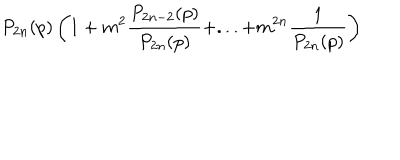
P _ { 2 n } ( p ) \left( 1 + m ^ { 2 } \frac { P _ { 2 n - 2 } ( p ) } { P _ { 2 n } ( p ) } + . . . + m ^ { 2 n } \frac { 1 } { P _ { 2 n } ( p ) } \right)